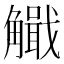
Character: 𧥄